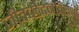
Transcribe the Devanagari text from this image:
जीवच्छेदनविरोधी